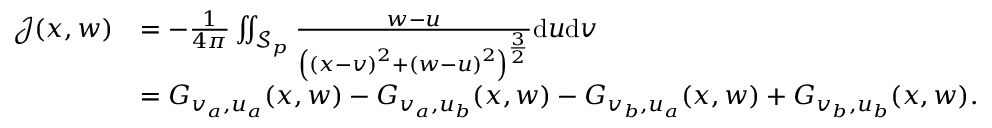
\begin{array} { r l } { \mathcal { J } ( x , w ) } & { = - \frac { 1 } { 4 \pi } \iint _ { \mathcal { S } _ { p } } \frac { w - u } { \left( \left( x - v \right) ^ { 2 } + \left( w - u \right) ^ { 2 } \right) ^ { \frac { 3 } { 2 } } } \mathrm { d } u \mathrm { d } v } \\ & { = G _ { v _ { a } , u _ { a } } ( x , w ) - G _ { v _ { a } , u _ { b } } ( x , w ) - G _ { v _ { b } , u _ { a } } ( x , w ) + G _ { v _ { b } , u _ { b } } ( x , w ) . } \end{array}